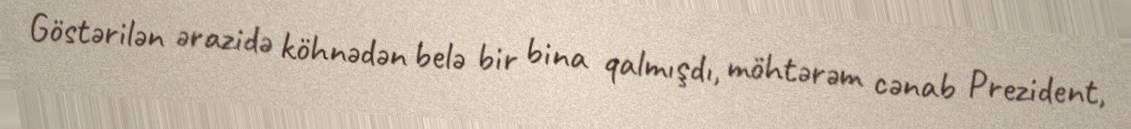
Göstərilən ərazidə köhnədən belə bir bina qalmışdı, möhtərəm cənab Prezident,